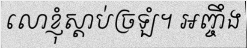
លោខ្ញុំស្តាប់ច្រឡំ។ អញ្ចឹង